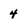
Character: 4